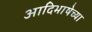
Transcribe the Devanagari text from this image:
आदिभाषेच्या